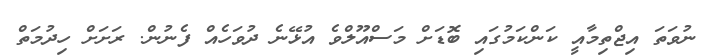
ނުވަތަ އިޖްތިމާއީ ކަންކަމުގައި ބޮޑަށް މަސްއޫލްވެ އުޅޭނެ ދުވަހެއް ފެނުން. ރަށަށް ހިދުމަތް